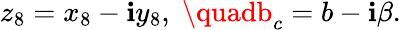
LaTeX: z_{8}=x_{8}-\mathbf{i}y_{8},\; \quadb_{c}=b-\mathbf{i}\beta.\;